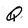
Character: Q